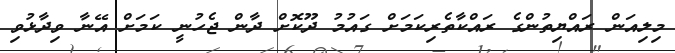
މިލިއަން ރައްޔިތުންގެ ރައްކާތެރިކަމަށް ގައުމު ދޫކޮށް ދާން ޖެހުނީ ކަމަށް އޭނާ ވިދާޅުވި